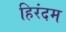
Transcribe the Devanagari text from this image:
हिरंदम